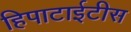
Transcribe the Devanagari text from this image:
हिपाटाईटीस